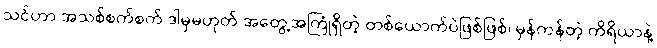
သင်ဟာ အသစ်စက်စက် ဒါမှမဟုတ် အတွေ့အကြုံရှိတဲ့ တစ်ယောက်ပဲဖြစ်ဖြစ်၊ မှန်ကန်တဲ့ ကိရိယာနဲ့